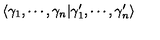
\langle \gamma _ { 1 } , \cdots , \gamma _ { n } | \gamma _ { 1 } ^ { \prime } , \cdots , \gamma _ { n } ^ { \prime } \rangle